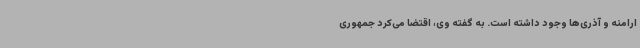
ارامنه و آذری‌ها وجود داشته است. به گفته وی، اقتضا می‌کرد جمهوری